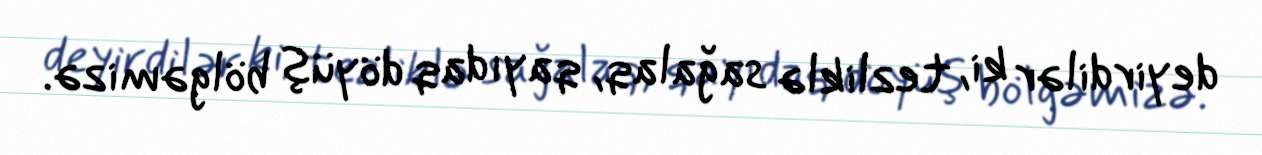
deyirdilər ki, tezliklə sağalaq, qayıdaq döyüş bölgəmizə.